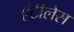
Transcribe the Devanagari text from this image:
एंटीलेस